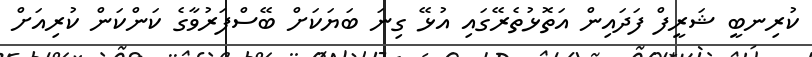
ކުރިނބީ ޝަރީފް ފަދައިން އަތޮޅުތެރޭގައި އުޅޭ ގިނަ ބަޔަކަށް ބޭސްފަރުވާގެ ކަންކަން ކުރިއަށް